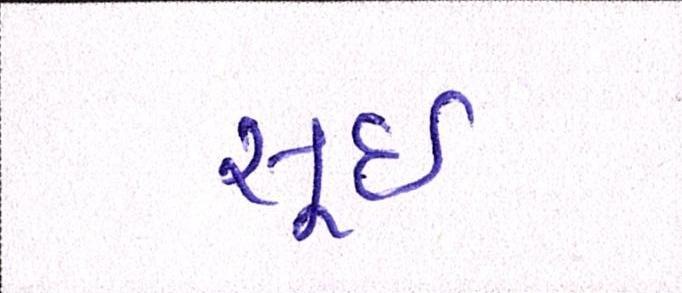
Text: સૂઈ